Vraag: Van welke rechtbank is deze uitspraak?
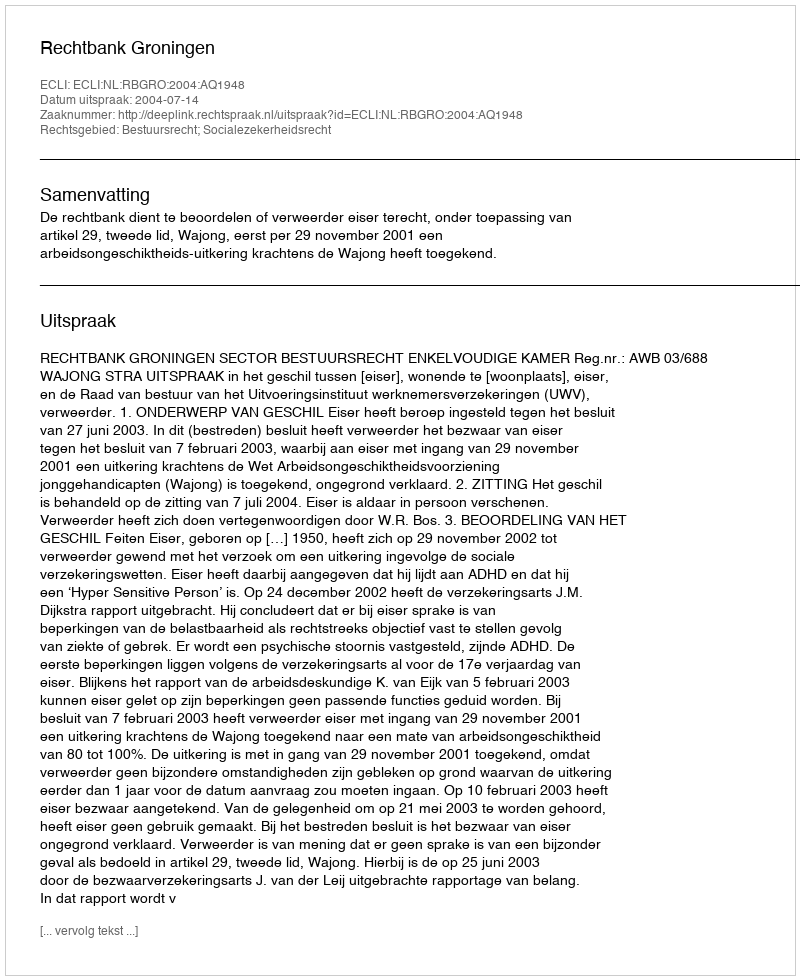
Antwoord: Rechtbank Groningen